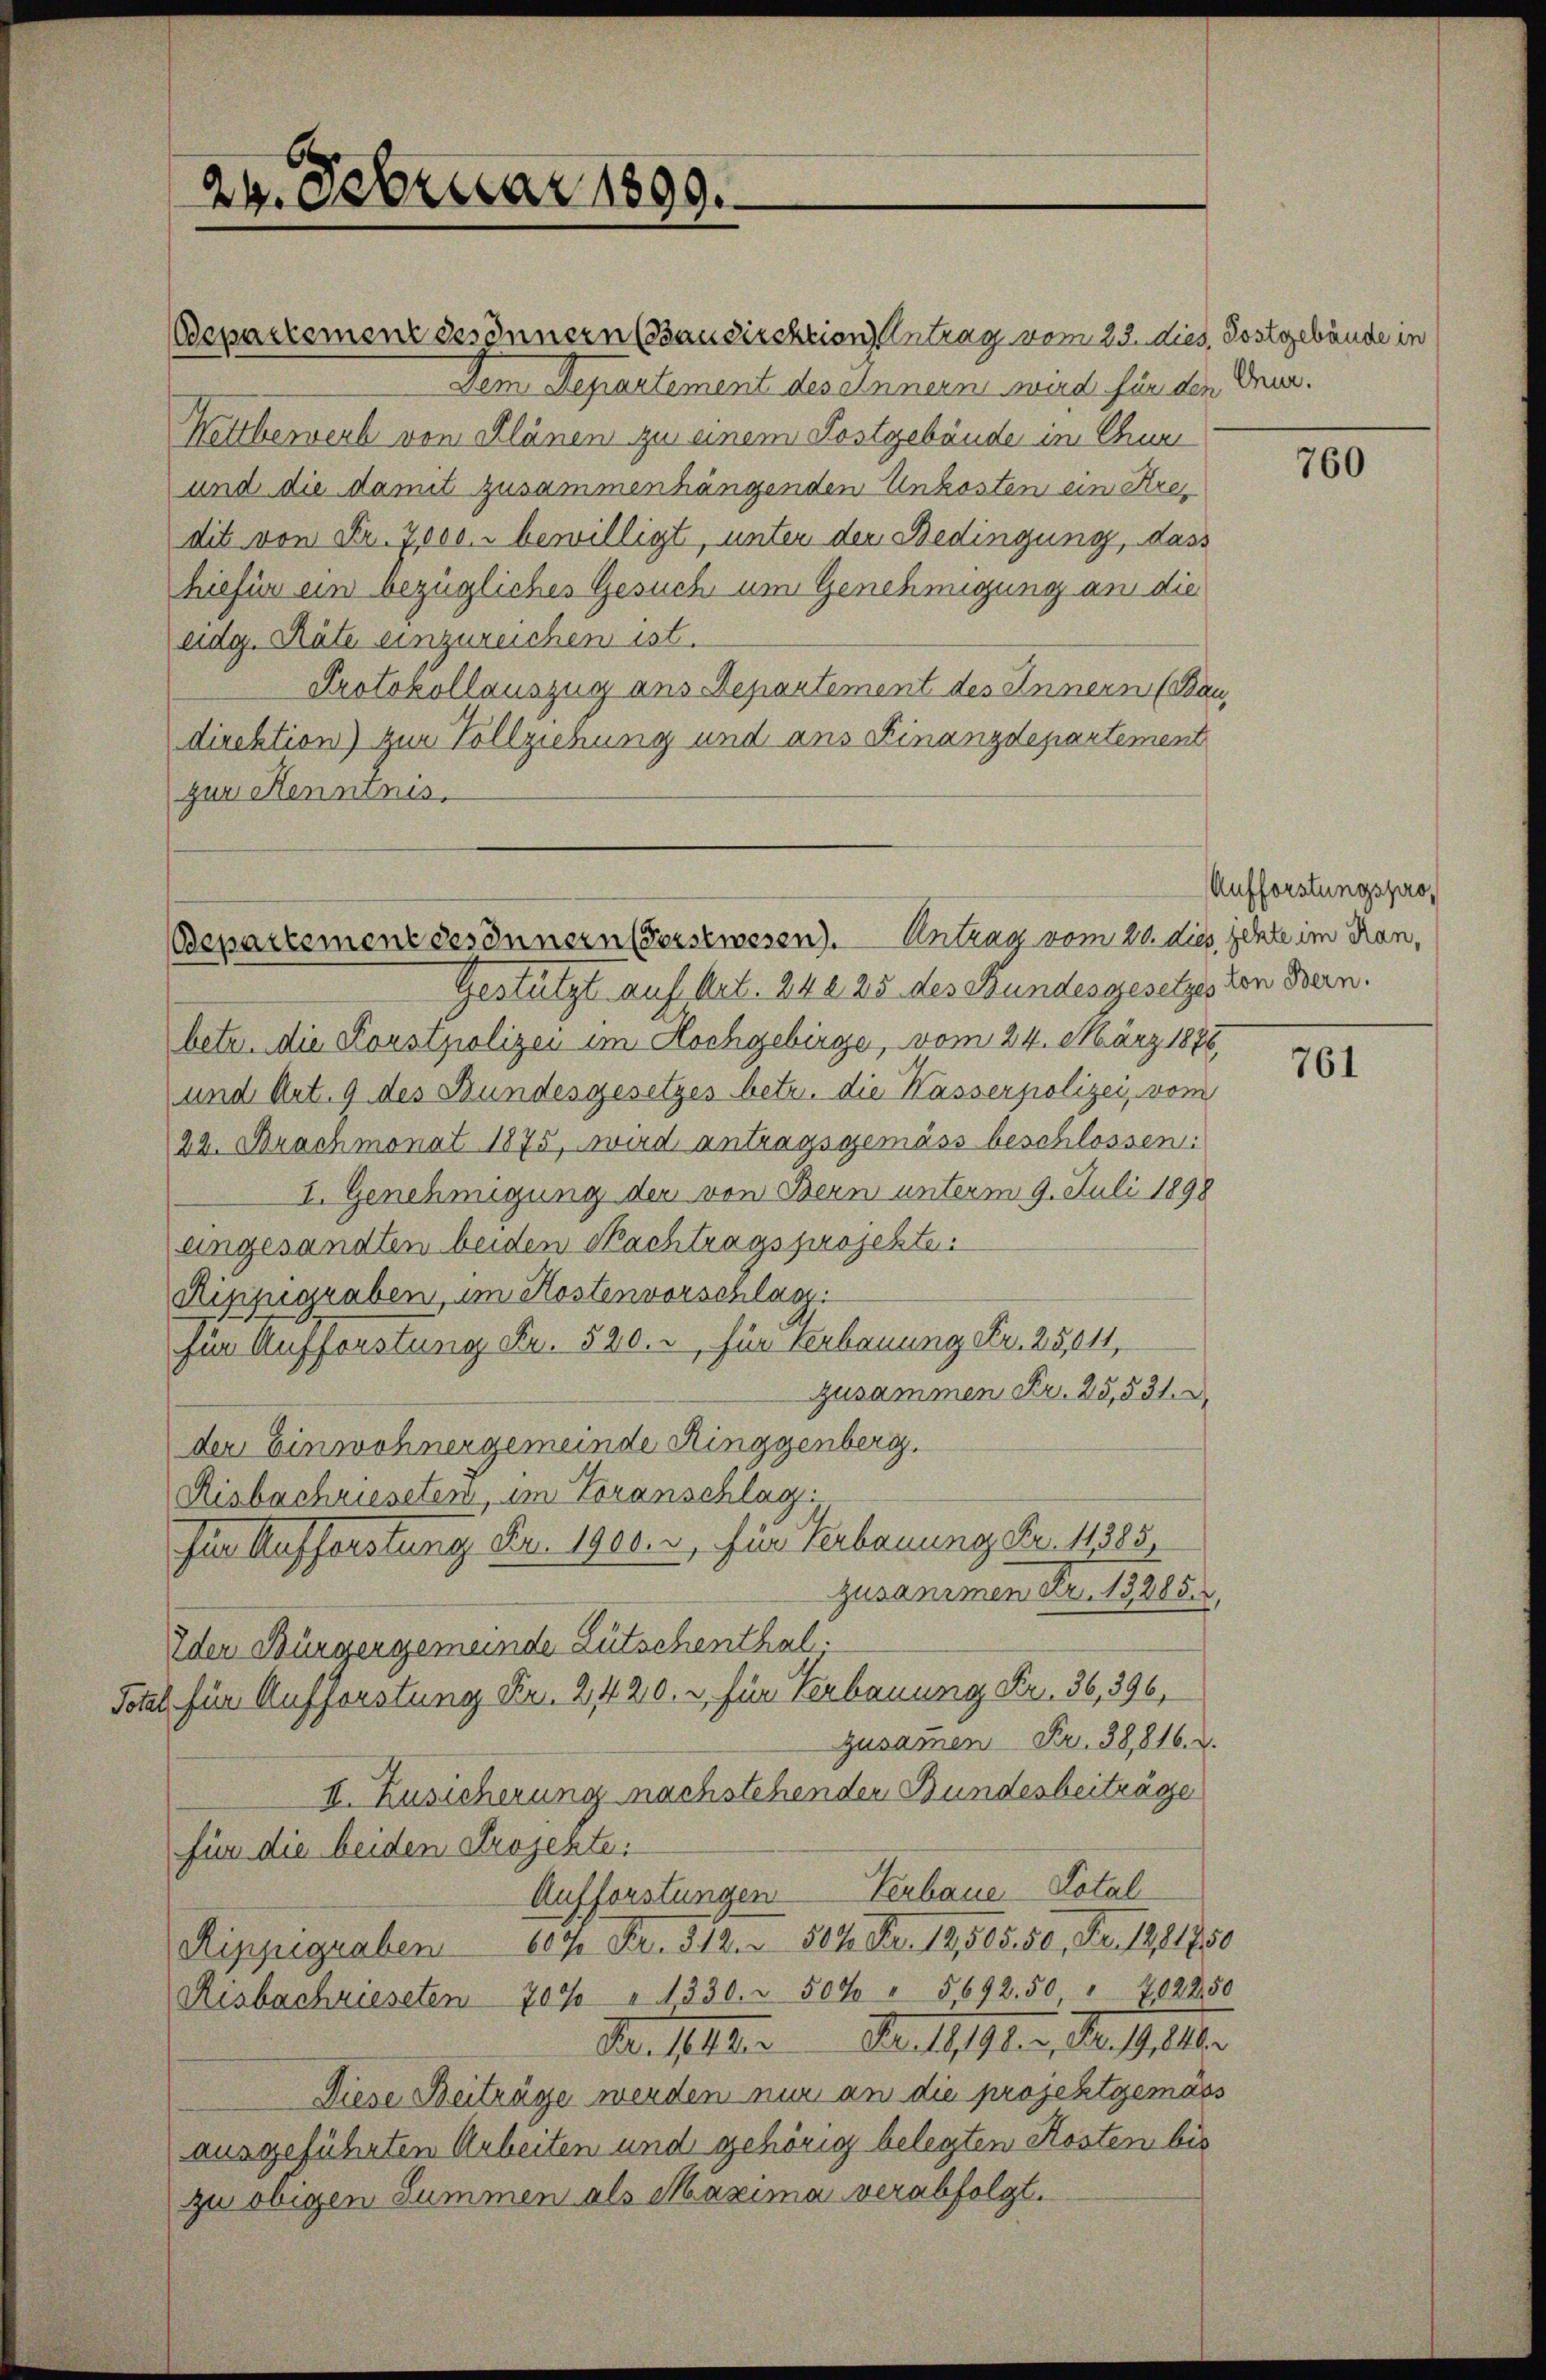
departement des Innern (Bausirektion Antrag vom 23. dies. Postgebäude in
Dem Departement des einnern wird für den Dru¬
Wettbewerb von Plänen zu einem Festgebäude im Chuer
und die damit zusammenhängenden Unkosten ein Kredit von Fr. 7000. bewilligt, unter der Bedingung, dass
hiefür ein bezügliches Gesuch um Genehmigung an die
üdg. Räte einzureichen ist.
Protokollauszug aus Departement des Innern (Bandirektion) zur Vollziehung und ans Finanzdepartement
zur Kenntnis.

29. Februar 1899.

Gestützt auf Art. 242 25 des Bundesgesetzes von Bern.
betr. die Korstpolizei im Hochgebirge, vom 24. März 1888,
und Art. 9 des Bundesgesetzes betr. die Kasserpolizei, vom
22. Brachmonat 1875, wird antragsgemäss beschlossen:
I. Genehmigung der von Bern unterm 9. Juli 1898
angesandten beiden Nachtragsprojekte
Rippigraben, im Kostenvorschlag
für Aufforstung Fr. 520.- für verbauung Fr. 25,014
zusammen Fr. 25,531.
der Einwohnergemeinde Ringgenberg.
Risbachrieseten, im Voranschlag.
für Aufforstung Fr. 1900. r, für Verbauung Fr. 11385
zusammen Fr. 13285.
Ider Bürgergemeinde Lütschenthal.
Total für Aufforstung Fr. 2420. u. für Verbauung Fr. 36, 396,
zusammen Fr. 38,816. d.
II. Zusicherung nachstehenden Bundesbeiträge
für die beiden Projekte
Aufforstungen Verbaue Dotal
Ripzigraben 607 Fr. 512. " 504 Nr. 18,505. 50, Fr. 1211750
Risbachrieseten 700 " 1330. 507 " 5692.50 " 202850
Dr. Miter.   Der 1911, Baselber
Diese Beiträge werden nur an die projektgemäss
ausgeführten Arbeiten und gehörig belegten Kosten bis
zu obigen Summen als Maxima verabfolgt.

Bepartement des Innern Forstwesen). Antrag vom 20. dies jehte im Ran,

760

Aufforstungspro¬

761